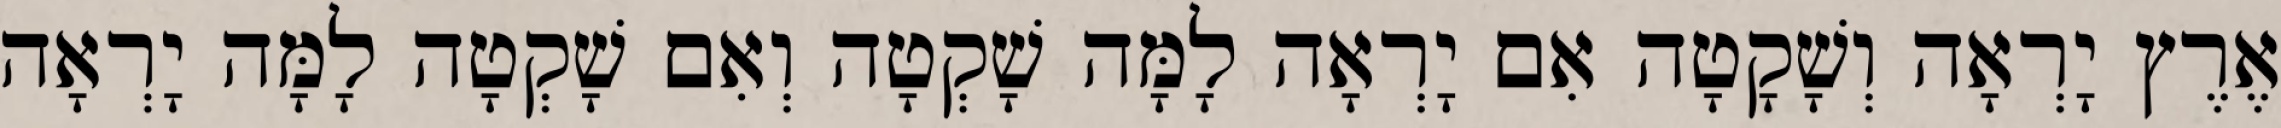
אֶרֶץ יָרְאָה וְשָׁקָטָה אִם יָרְאָה לָמָּה שָׁקְטָה וְאִם שָׁקְטָה לָמָּה יָרְאָה